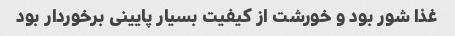
غذا شور بود و خورشت از کیفیت بسیار پایینی برخوردار بود